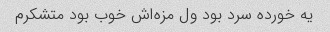
یه خورده سرد بود ول مزه‌اش خوب بود متشکرم